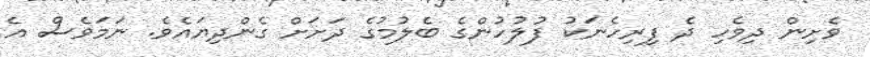
ވެށިން ދިވެހި ދެ ފިރިހެނަކު ފުލުހުންގެ ބެލުމުގެ ދަށަށް ގެންދިޔައެވެ. ނަމަވެސް އެ